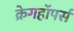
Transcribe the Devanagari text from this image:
क्रेगहॉपर्स